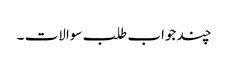
چند جواب طلب سوالات ۔